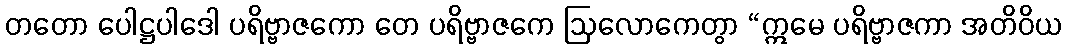
တတော ပေါဋ္ဌပါဒေါ ပရိဗ္ဗာဇကော တေ ပရိဗ္ဗာဇကေ ဩလောကေတွာ “ဣမေ ပရိဗ္ဗာဇကာ အတိဝိယ